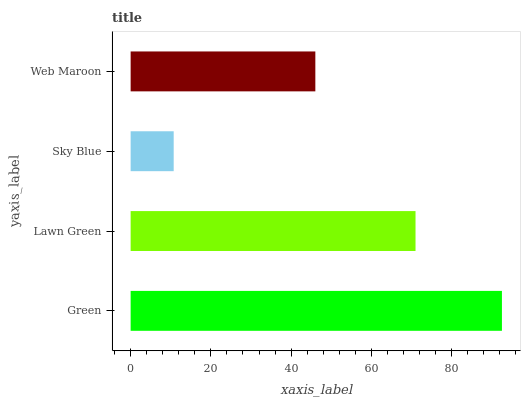
| yaxis_label | bars |
 | --- | --- |
 | Green | 92.5 |
 | Lawn Green | 71 |
 | Sky Blue | 10.7 |
 | Web Maroon | 46 |